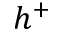
h ^ { + }